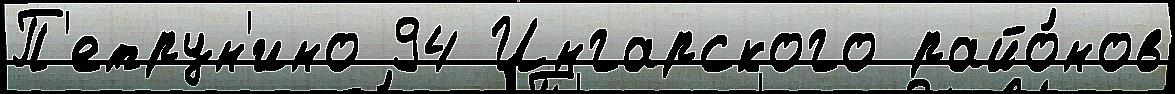
П'етрун'ино 94 Ингарского райо́нов